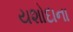
યશોદાના